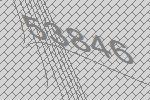
53846